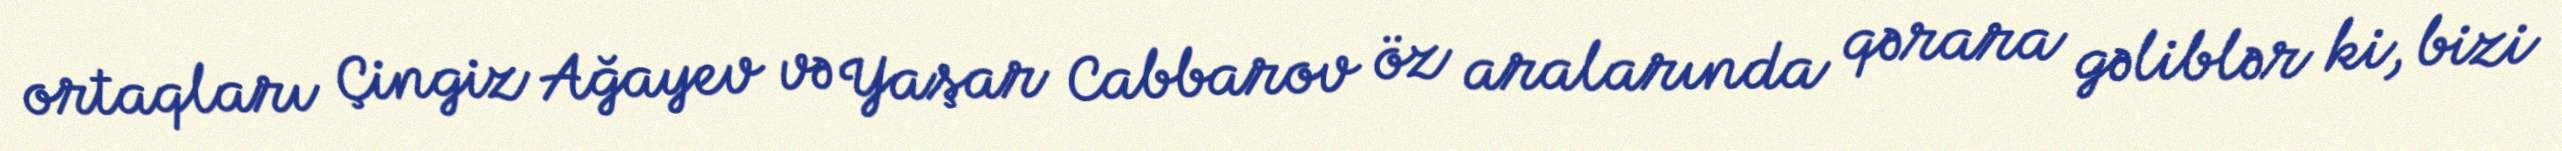
ortaqları Çingiz Ağayev və Yaşar Cabbarov öz aralarında qərara gəliblər ki, bizi